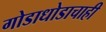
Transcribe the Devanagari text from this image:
गोडाधोडाचाही